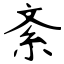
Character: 紊